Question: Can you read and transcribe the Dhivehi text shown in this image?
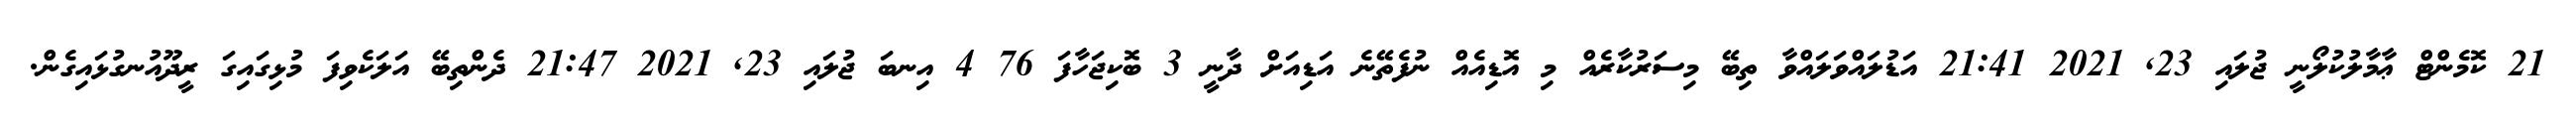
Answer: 21 ކޮމެންޓް ޢާމާލުކުލޯނީ ޖުލައި 23, 2021 21:41 އަޑުލައްވަލައްވާ ތިބޭ މިސަރުކާރެއް މި އޮޑިއެއް ނުފެތޭނެ އަޑިއަށް ދާނީ 3 ބޮކިޖަހާފަ 76 4 އިނބަ ޖުލައި 23, 2021 21:47 ދެންތިބޭ އަލަކެވިފަ މުޅިގައިގަ ރީދޫއުނގުޅައިގެން.